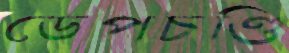
ডেপচণ্ডি